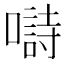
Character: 𡀗